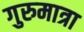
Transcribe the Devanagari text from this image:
गुरुमात्रा